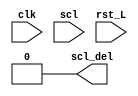
`timescale 1ns / 1ps
//////////////////////////////////////////////////////////////////////////////////
// Company: 
// Engineer: 
// 
// Design Name: 
// Module Name: scl_delay
// Project Name: 
// Target Devices: 
// Tool Versions: 
// Description: 
// 
// Dependencies: 
// 
// Revision:
// Revision 0.01 - File Created
// Additional Comments:
// 
//////////////////////////////////////////////////////////////////////////////////


module scl_delay #(
    // Delay in number of pulses
    parameter DELAY_PULSES = 1)
    (
        input  clk, //at least 5 times faster than scl
        input  scl,
        input  rst_L,
        output scl_del
    );
    
    reg[DELAY_PULSES:0] buffer = 32'b0000;
    
    assign scl_del = buffer[0:0];
     
    //shift register
    always @(posedge clk) begin
        buffer[DELAY_PULSES-1:DELAY_PULSES-1] <= scl;
        buffer[DELAY_PULSES-1:0] = buffer[DELAY_PULSES:1];
    end
    
    
    
endmodule